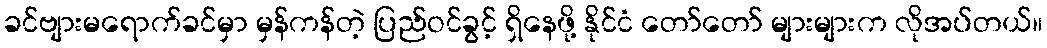
ခင်ဗျားမရောက်ခင်မှာ မှန်ကန်တဲ့ ပြည်ဝင်ခွင့် ရှိနေဖို့ နိုင်ငံ တော်တော် များများက လိုအပ်တယ်။